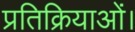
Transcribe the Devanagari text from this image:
प्रतिक्रियाओं।